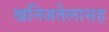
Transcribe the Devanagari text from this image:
खनिजतेलासह